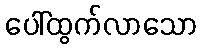
ပေါ်ထွက်လာသော